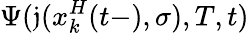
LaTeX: \Psi(\mathfrak{j}(x_{k}^{H}(t-),\sigma),T,t)